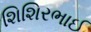
શિશિરભાઈ